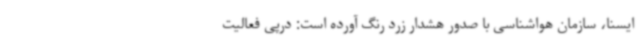
ایسنا، سازمان هواشناسی با صدور هشدار زرد رنگ آورده است: درپی فعالیت